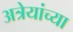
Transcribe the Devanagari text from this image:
अत्रेयांच्या